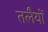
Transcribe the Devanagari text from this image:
तलेैयों